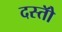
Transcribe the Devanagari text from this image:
दस्तोॅ